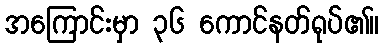
အကြောင်းမှာ ၃၆ ကောင်နတ်ရုပ်၏။